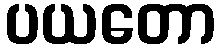
ပယတော